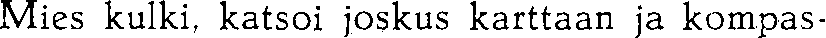
Mies kulki, katsoi joskus karttaan ja kompas-